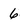
Character: 6